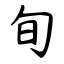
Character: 旬